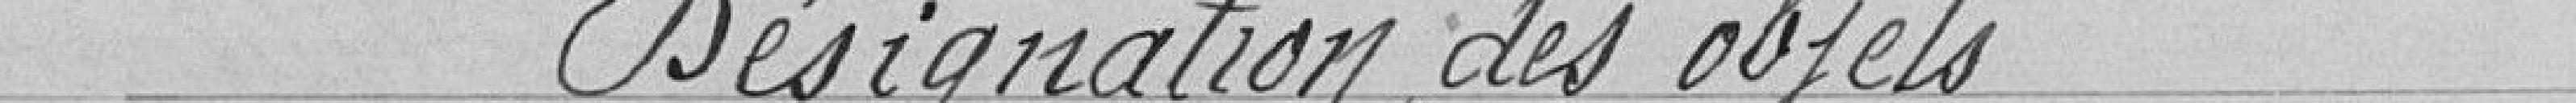
Désignation des objets